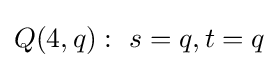
Q(4,q):\ s=q,t=q